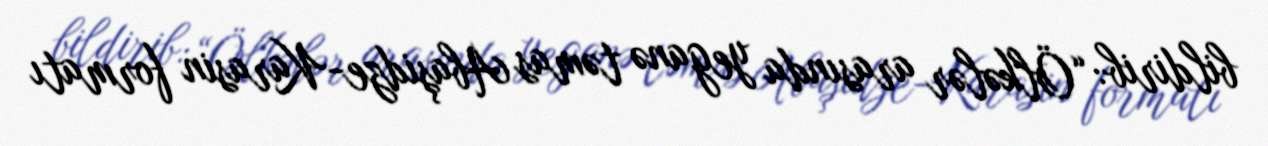
bildirib: “Ölkələr arasında yeganə təmas Abaşidze-Karasin formatı